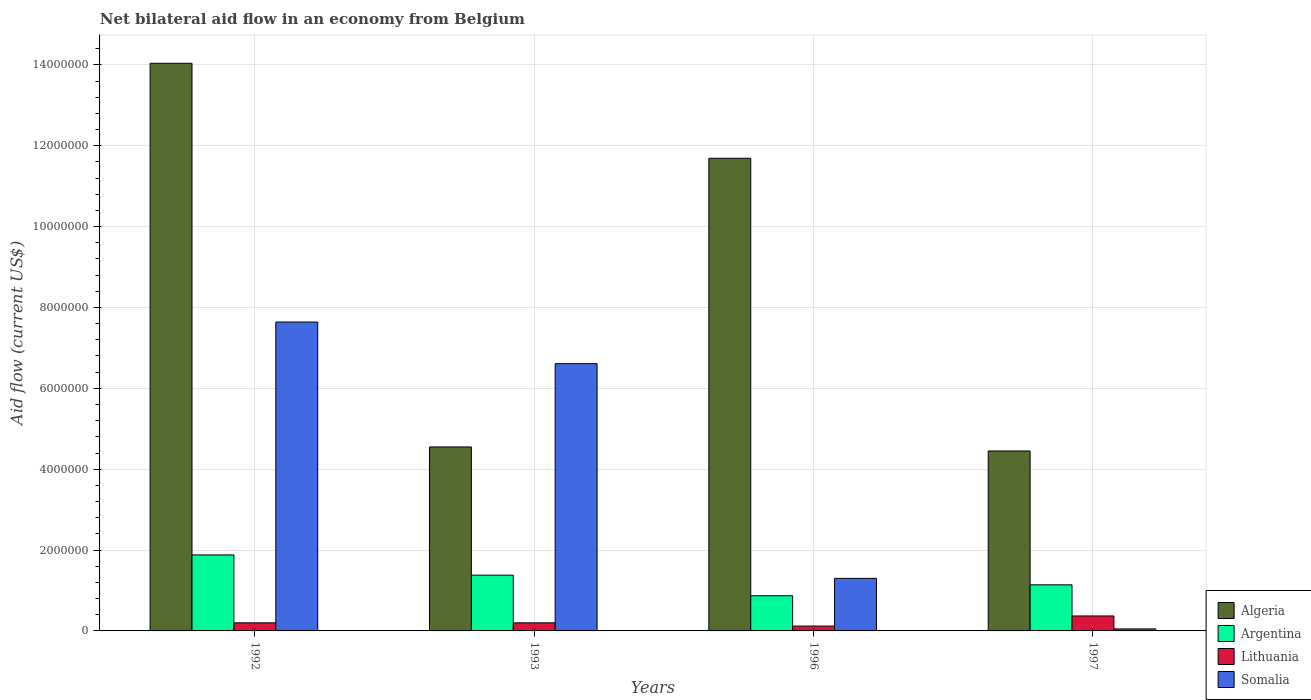
| Years | Algeria | Argentina | Lithuania | Somalia |
 | --- | --- | --- | --- | --- |
 | 1992 | 1.4e+07 | 1.88e+06 | 2e+05 | 7.64e+06 |
 | 1993 | 4.55e+06 | 1.38e+06 | 2e+05 | 6.61e+06 |
 | 1996 | 1.17e+07 | 8.7e+05 | 1.2e+05 | 1.3e+06 |
 | 1997 | 4.45e+06 | 1.14e+06 | 3.7e+05 | 5e+04 |